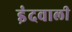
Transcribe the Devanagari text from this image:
इंदवाली